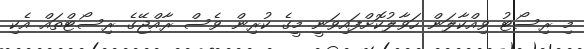
މި ރިސޯޓު ވިއްކާލަން ހަވާލުކޮށްފައިވަނީ މީގެ ކުރިން ވެސް ރާއްޖޭގެ ރިސޯޓްތައް އެކި